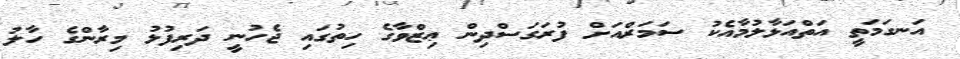
އަނގަމަތީ އަތްއަޅާލުމާއެކު ސަމަރްއަށް ފުރަގަސްދިން ޢިޒްވާގެ ހިތުގައި ޖެހުނީ ދަރިފުޅު މިރާންގެ ހާލު